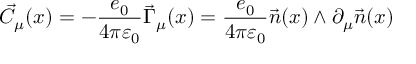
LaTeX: \vec { C } _ { \mu } ( x ) = - \frac { e _ { 0 } } { 4 \pi \varepsilon _ { 0 } } \vec { \Gamma } _ { \mu } ( x ) = \frac { e _ { 0 } } { 4 \pi \varepsilon _ { 0 } } \vec { n } ( x ) \wedge \partial _ { \mu } \vec { n } ( x )